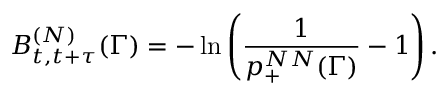
B _ { t , t + \tau } ^ { ( N ) } ( \Gamma ) = - \ln \left( \frac { 1 } { p _ { + } ^ { N N } ( \Gamma ) } - 1 \right) .